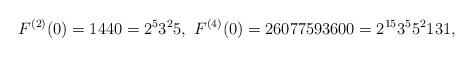
LaTeX: \begin{align*}F^{(2)}(0)=1440=2^{5}3^{2}5,\ F^{(4)}(0)=26077593600=2^{15}3^{5}5^{2}131,\end{align*}